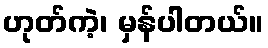
ဟုတ်ကဲ့၊ မှန်ပါတယ်။